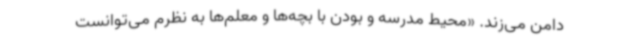
دامن می‌زند. «محیط مدرسه و بودن با بچه‌ها و معلم‌ها به‌ نظرم می‌توانست